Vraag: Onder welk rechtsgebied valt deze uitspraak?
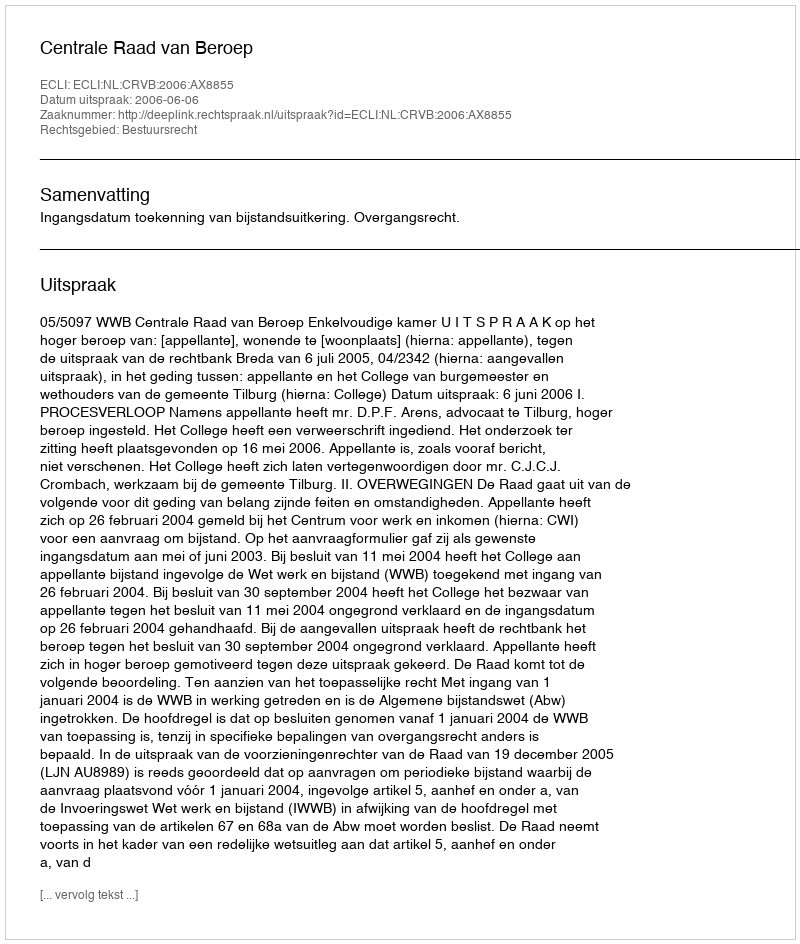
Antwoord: Bestuursrecht